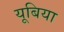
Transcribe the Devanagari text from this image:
यूबिया